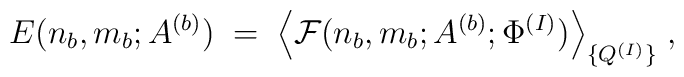
E(n_b,m_b;A^{(b)}) \; = \;\Big\langle {\cal F} (n_b,m_b;A^{(b)};\Phi^{(I)}) \Big\rangle_{ \{Q^{(I)}\} } \; ,